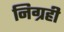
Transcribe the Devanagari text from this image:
निग्रही